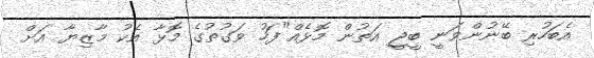
އެބަހުރި ބޭނުންވަނީ ބީޖީ އަތުން މޮޅެއް"ފަހު ވަގުތުގެ މޮޅާ އެކު މާޒިޔާ އަށް